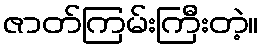
ဇာတ်ကြမ်းကြီးတဲ့။